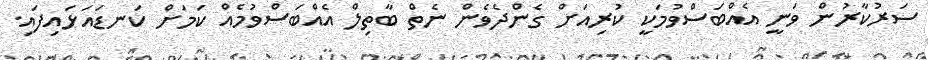
ސަރުކާރުން ވަނީ އެއްބަސްވުމަކީ ކުރިއަށް ގެންދެވެން ނެތް ބާތިލް އެއްބަސްވުމެއް ކަމަށް ކަނޑައަޅައިފައި.